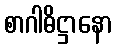
စာဂါဓိဋ္ဌာနော